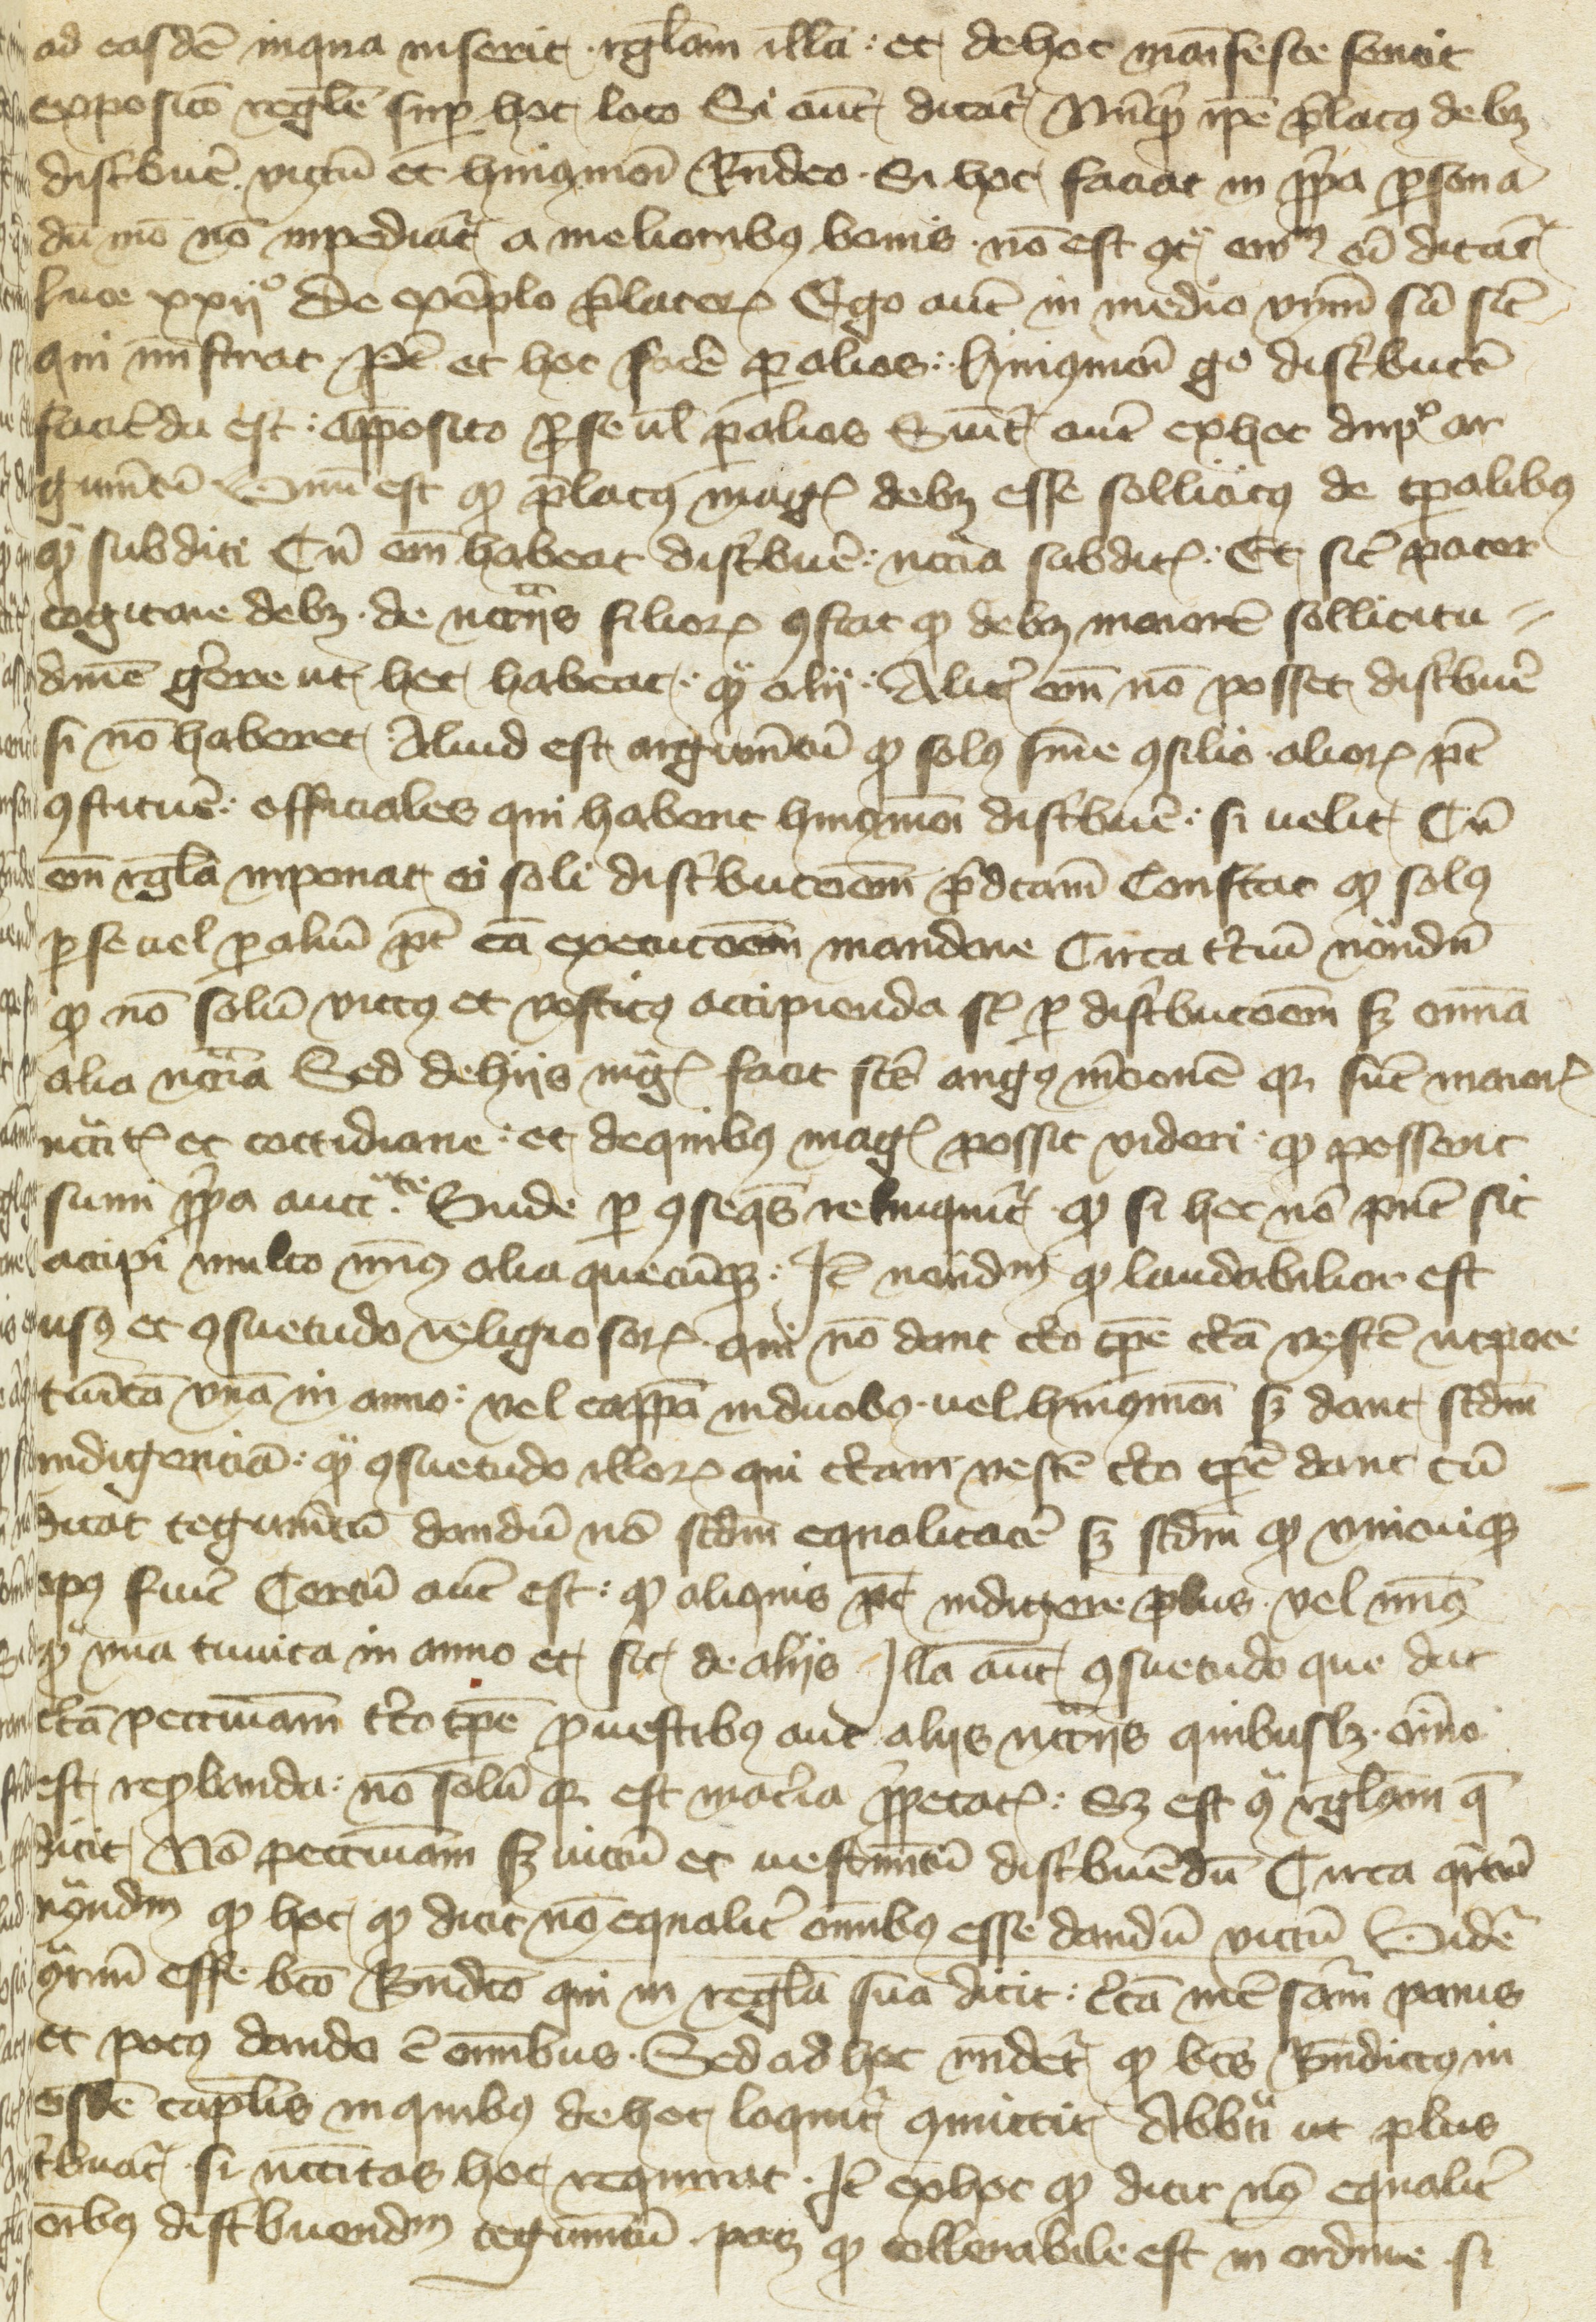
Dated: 1430–1430